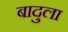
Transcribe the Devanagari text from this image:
बादुला